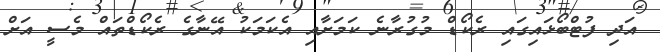
އަދި ފުޓްބޯޅައިގައި ރެކޯޑް މުގުރާނެ ކަމަށާއި އެކަމަކު އޭނާގެ ރެކޯޑްތައް މެސީ އަށް